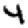
Digit: 4